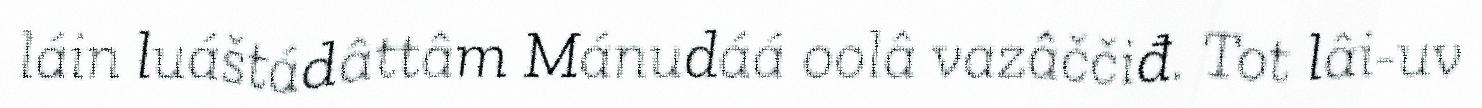
láin luáštádâttâm Mánudáá oolâ vazâččiđ. Tot lâi-uv